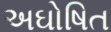
અઘોષિત